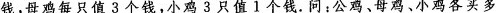
钱，母鸡每只值3个钱，小鸡3只值1个钱。问；公鸡、母鸡、小鸡各买多